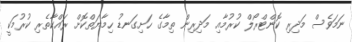
ނަމަވެސް މަދިރި ކޮންޓްރޯލް ކުރުމާއި މަދިރިން ތިމާގެ ހަށިގަނޑު ހިމާޔަތްކޮށް ރައްކާތެރި ކުރުމަކީ